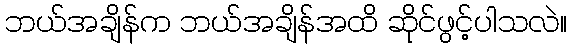
ဘယ်အချိန်က ဘယ်အချိန်အထိ ဆိုင်ဖွင့်ပါသလဲ။